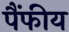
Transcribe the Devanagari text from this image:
पैंफीय